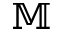
\mathbb { M }